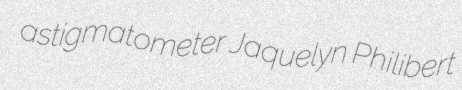
astigmatometer Jaquelyn Philibert